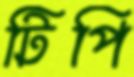
টিপি